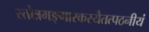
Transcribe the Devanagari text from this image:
स्तोत्रमङ्गारकस्यैतत्पठनीयं